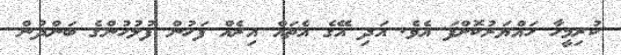
ކުރިމީހާ ހައްޔަރުކޮށްފަ އެވެ. އަދި އޭގެ އެތައް އިރެއް ފަހުން ފުލުހުންގެ ބަންދުން